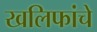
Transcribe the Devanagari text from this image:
खलिफांचे